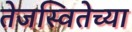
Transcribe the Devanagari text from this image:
तेजस्वितेच्या